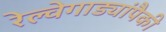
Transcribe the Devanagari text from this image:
रेल्वेगाड्यांपैकी